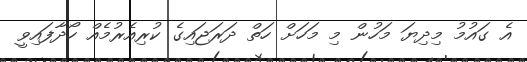
އެ ގައުމު މިދިޔަ މަހުން މި މަހަށް ހަތް ދަރަޖައިގެ ކުރިއެރުމެއް ހޯދާފައިވީ